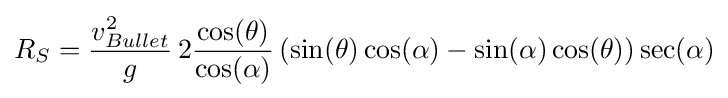
R_{S}={\frac {v_{Bullet}^{2}}{g}}\,2{\frac {\cos(\theta )}{\cos(\alpha )}}\left(\sin(\theta )\cos(\alpha )-\sin(\alpha )\cos(\theta )\right)\sec(\alpha )